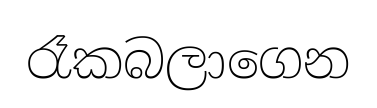
රෑකබලාගෙන